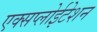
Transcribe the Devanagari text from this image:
एक्सप्लोईटेशन